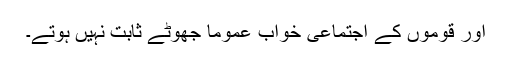
اور قوموں کے اجتماعی خواب عموماً جھوٹے ثابت نہیں ہوتے۔